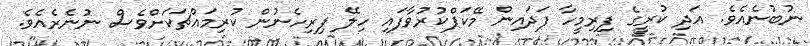
ނުބުނެއެވެ. އަދި ކުރީގެ ފިރިމީހާ ފަދައިން މޭކަޕްކުރުވާފައި ހިލޭ ފިރިހެނުން ކުރިމައްޗަކަށްވެސް ނުނެރެއެވެ.